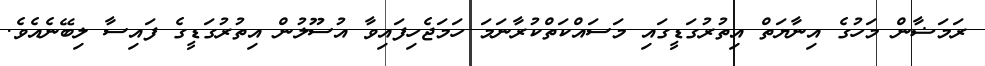
ރަމަޟާން މަހުގެ އިނާޔަތް އިތުރުގަޑީގައި މަސައްކަތްކުރާނަމަ ހަމަޖެހިފައިވާ އުސޫލުން އިތުރުގަޑީގެ ފައިސާ ލިބޭނެއެވެ.